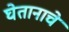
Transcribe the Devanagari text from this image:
घेतानाचे